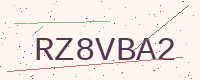
Text: RZ8VBA2